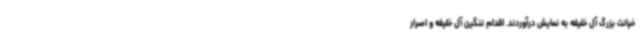
خیانت بزرگ آل خلیفه به نمایش درآوردند. اقدام ننگین آل خلیفه و اصرار